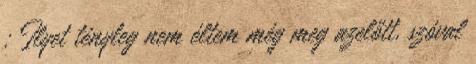
: Ilyet tényleg nem éltem még meg azelőtt, szóval